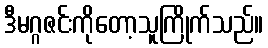
ဒီမဂ္ဂဇင်းကိုတော့သူကြိုက်သည်။